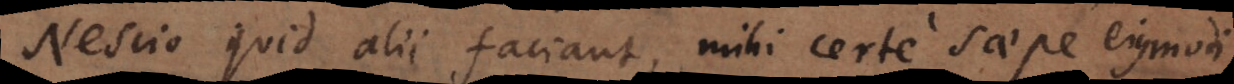
Nescio quid alii faciant, mihi certe saepe ejusmodi